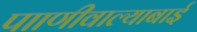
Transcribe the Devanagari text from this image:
पााणीवाल्याबाई